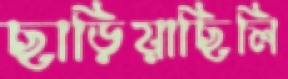
ছাড়িয়াছিলি